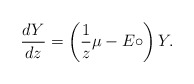
\begin{align*} \frac{dY}{dz}=\left(\frac{1}{z}\mu - E\circ \right)Y. \end{align*}